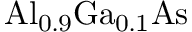
\mathrm { { A l _ { 0 . 9 } G a _ { 0 . 1 } A s } }